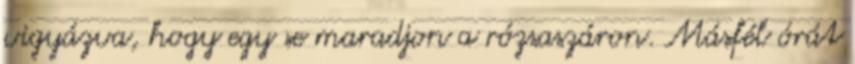
vigyázva, hogy egy se maradjon a rózsaszáron. Másfél órát